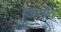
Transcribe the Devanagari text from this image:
किछोरो